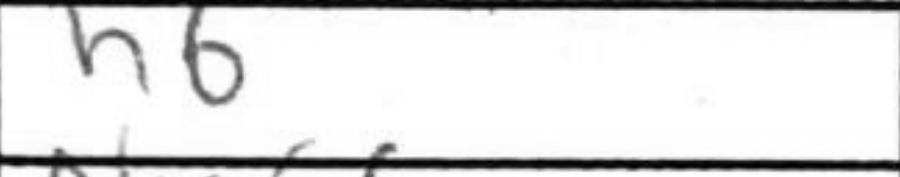
Transcription: h6